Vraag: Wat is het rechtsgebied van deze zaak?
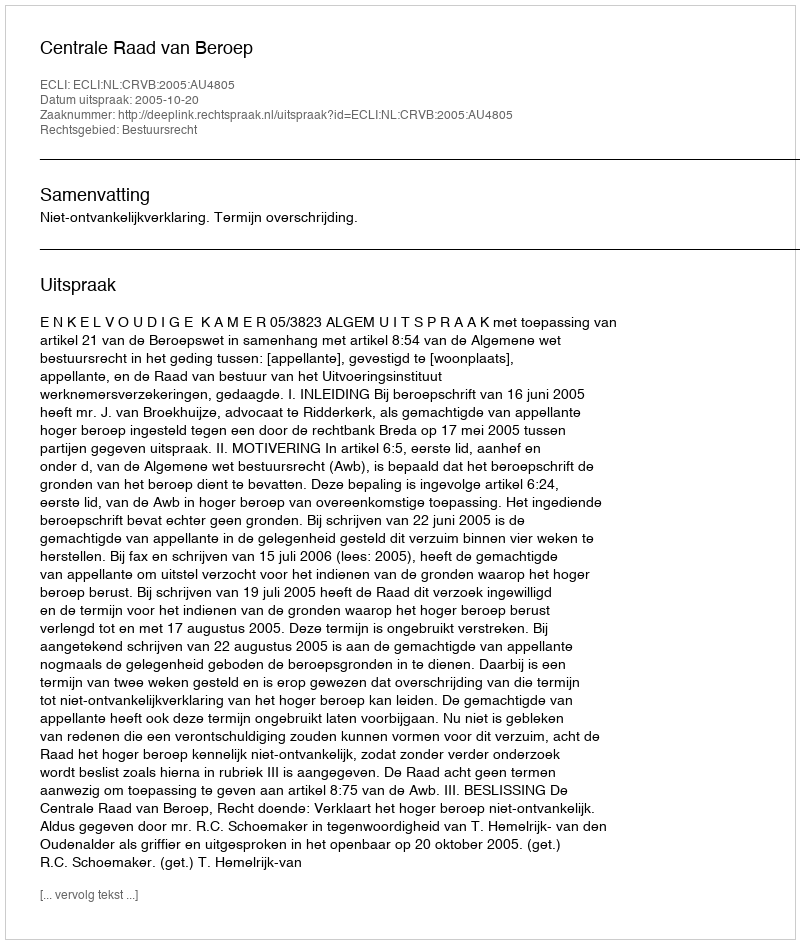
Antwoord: Bestuursrecht